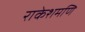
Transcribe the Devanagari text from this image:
राकेशमणि